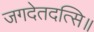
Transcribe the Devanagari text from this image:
जगदेतदत्सि॥